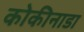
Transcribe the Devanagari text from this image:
कोकीनाडा